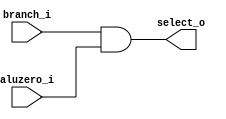
`timescale 1ns / 1ps
//////////////////////////////////////////////////////////////////////////////////
// Company: 
// Engineer: 
// 
// Design Name: 
// Module Name:    Andzero 
// Project Name: 
// Target Devices: 
// Tool versions: 
// Description: 
//
// Dependencies: 
//
// Revision: 
// Revision 0.01 - File Created
// Additional Comments: 
//
//////////////////////////////////////////////////////////////////////////////////
module Andzero(
		branch_i,
		aluzero_i,
		select_o
    );

input		branch_i;
input 	aluzero_i;
output	select_o;

reg		select_o;

always @(*)
begin
	select_o = branch_i & aluzero_i;
end

endmodule